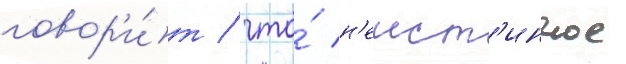
говор'и́т / что́ н'еист'инное